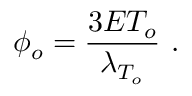
\phi _ { o } = { \frac { 3 E T _ { o } } { \lambda _ { T _ { o } } } } \ .